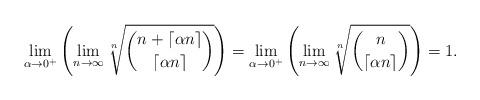
LaTeX: \begin{align*} \lim_{\alpha\rightarrow 0^+}\left(\lim_{n\rightarrow\infty}\sqrt[n]{\binom{n+ \lceil \alpha n \rceil}{\lceil\alpha n\rceil}}\right) = \lim_{\alpha\rightarrow 0^+}\left(\lim_{n\rightarrow\infty}\sqrt[n]{\binom{n}{\lceil\alpha n\rceil}}\right)=1. \end{align*}